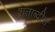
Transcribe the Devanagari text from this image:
शताब्दीस